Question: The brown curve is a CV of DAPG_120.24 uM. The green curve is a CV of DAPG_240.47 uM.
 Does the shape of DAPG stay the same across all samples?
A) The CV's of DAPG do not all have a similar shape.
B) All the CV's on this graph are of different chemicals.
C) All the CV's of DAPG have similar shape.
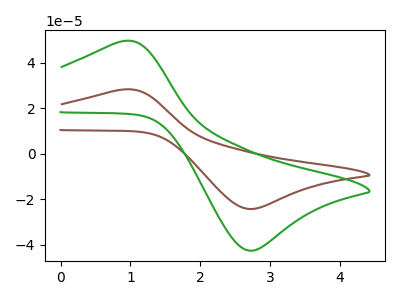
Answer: <think>The brown curve "DAPG_120.24 uM" has an anodic peak at (0.90V, 28.15uA) and a cathodic peak at (2.75V, -24.25uA). The green curve "DAPG_240.47 uM" has an anodic peak at (0.90V, 49.40uA) and a cathodic peak at (2.75V, -42.55uA).
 All the peaks in "DAPG_120.24 uM" have a peak in "DAPG_240.47 uM" at the same potential. Every peak in "DAPG_120.24 uM" is lower than every peak in "DAPG_240.47 uM".</think>
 <answer>C) All the CV's of "DAPG" have similar shape.</answer>
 <eval>C</eval>